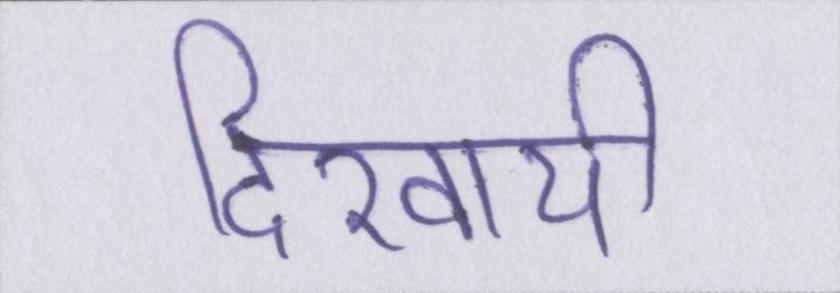
दिखायी